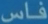
فاس